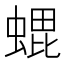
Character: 𮔢